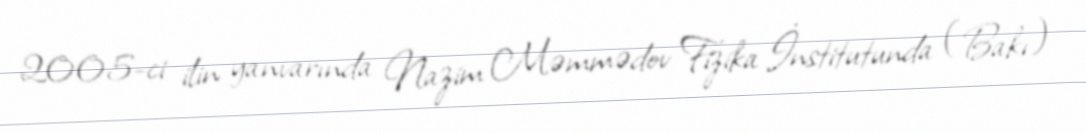
2005-ci ilin yanvarında Nazim Məmmədov Fizika İnstitutunda (Bakı)